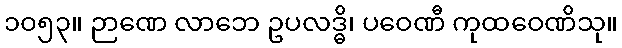
၁၀၅၃။ ဉာဏေ လာဘေ ဥပလဒ္ဓိ၊ ပဝေဏီ ကုထဝေဏိသု။